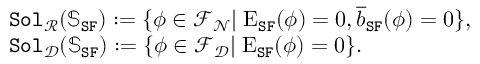
\begin{array} { r l } & { \mathtt { S o l } _ { \mathcal { R } } ( \mathbb { S } _ { \mathtt { S F } } ) : = \{ \phi \in \mathcal { F } _ { \mathcal { N } } | \; \mathrm { E } _ { \mathtt { S F } } ( \phi ) = 0 , \overline { { b } } _ { \mathtt { S F } } ( \phi ) = 0 \} , } \\ & { \mathtt { S o l } _ { \mathcal { D } } ( \mathbb { S } _ { \mathtt { S F } } ) : = \{ \phi \in \mathcal { F } _ { \mathcal { D } } | \; \mathrm { E } _ { \mathtt { S F } } ( \phi ) = 0 \} . } \end{array}